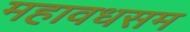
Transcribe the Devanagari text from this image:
महावधसम